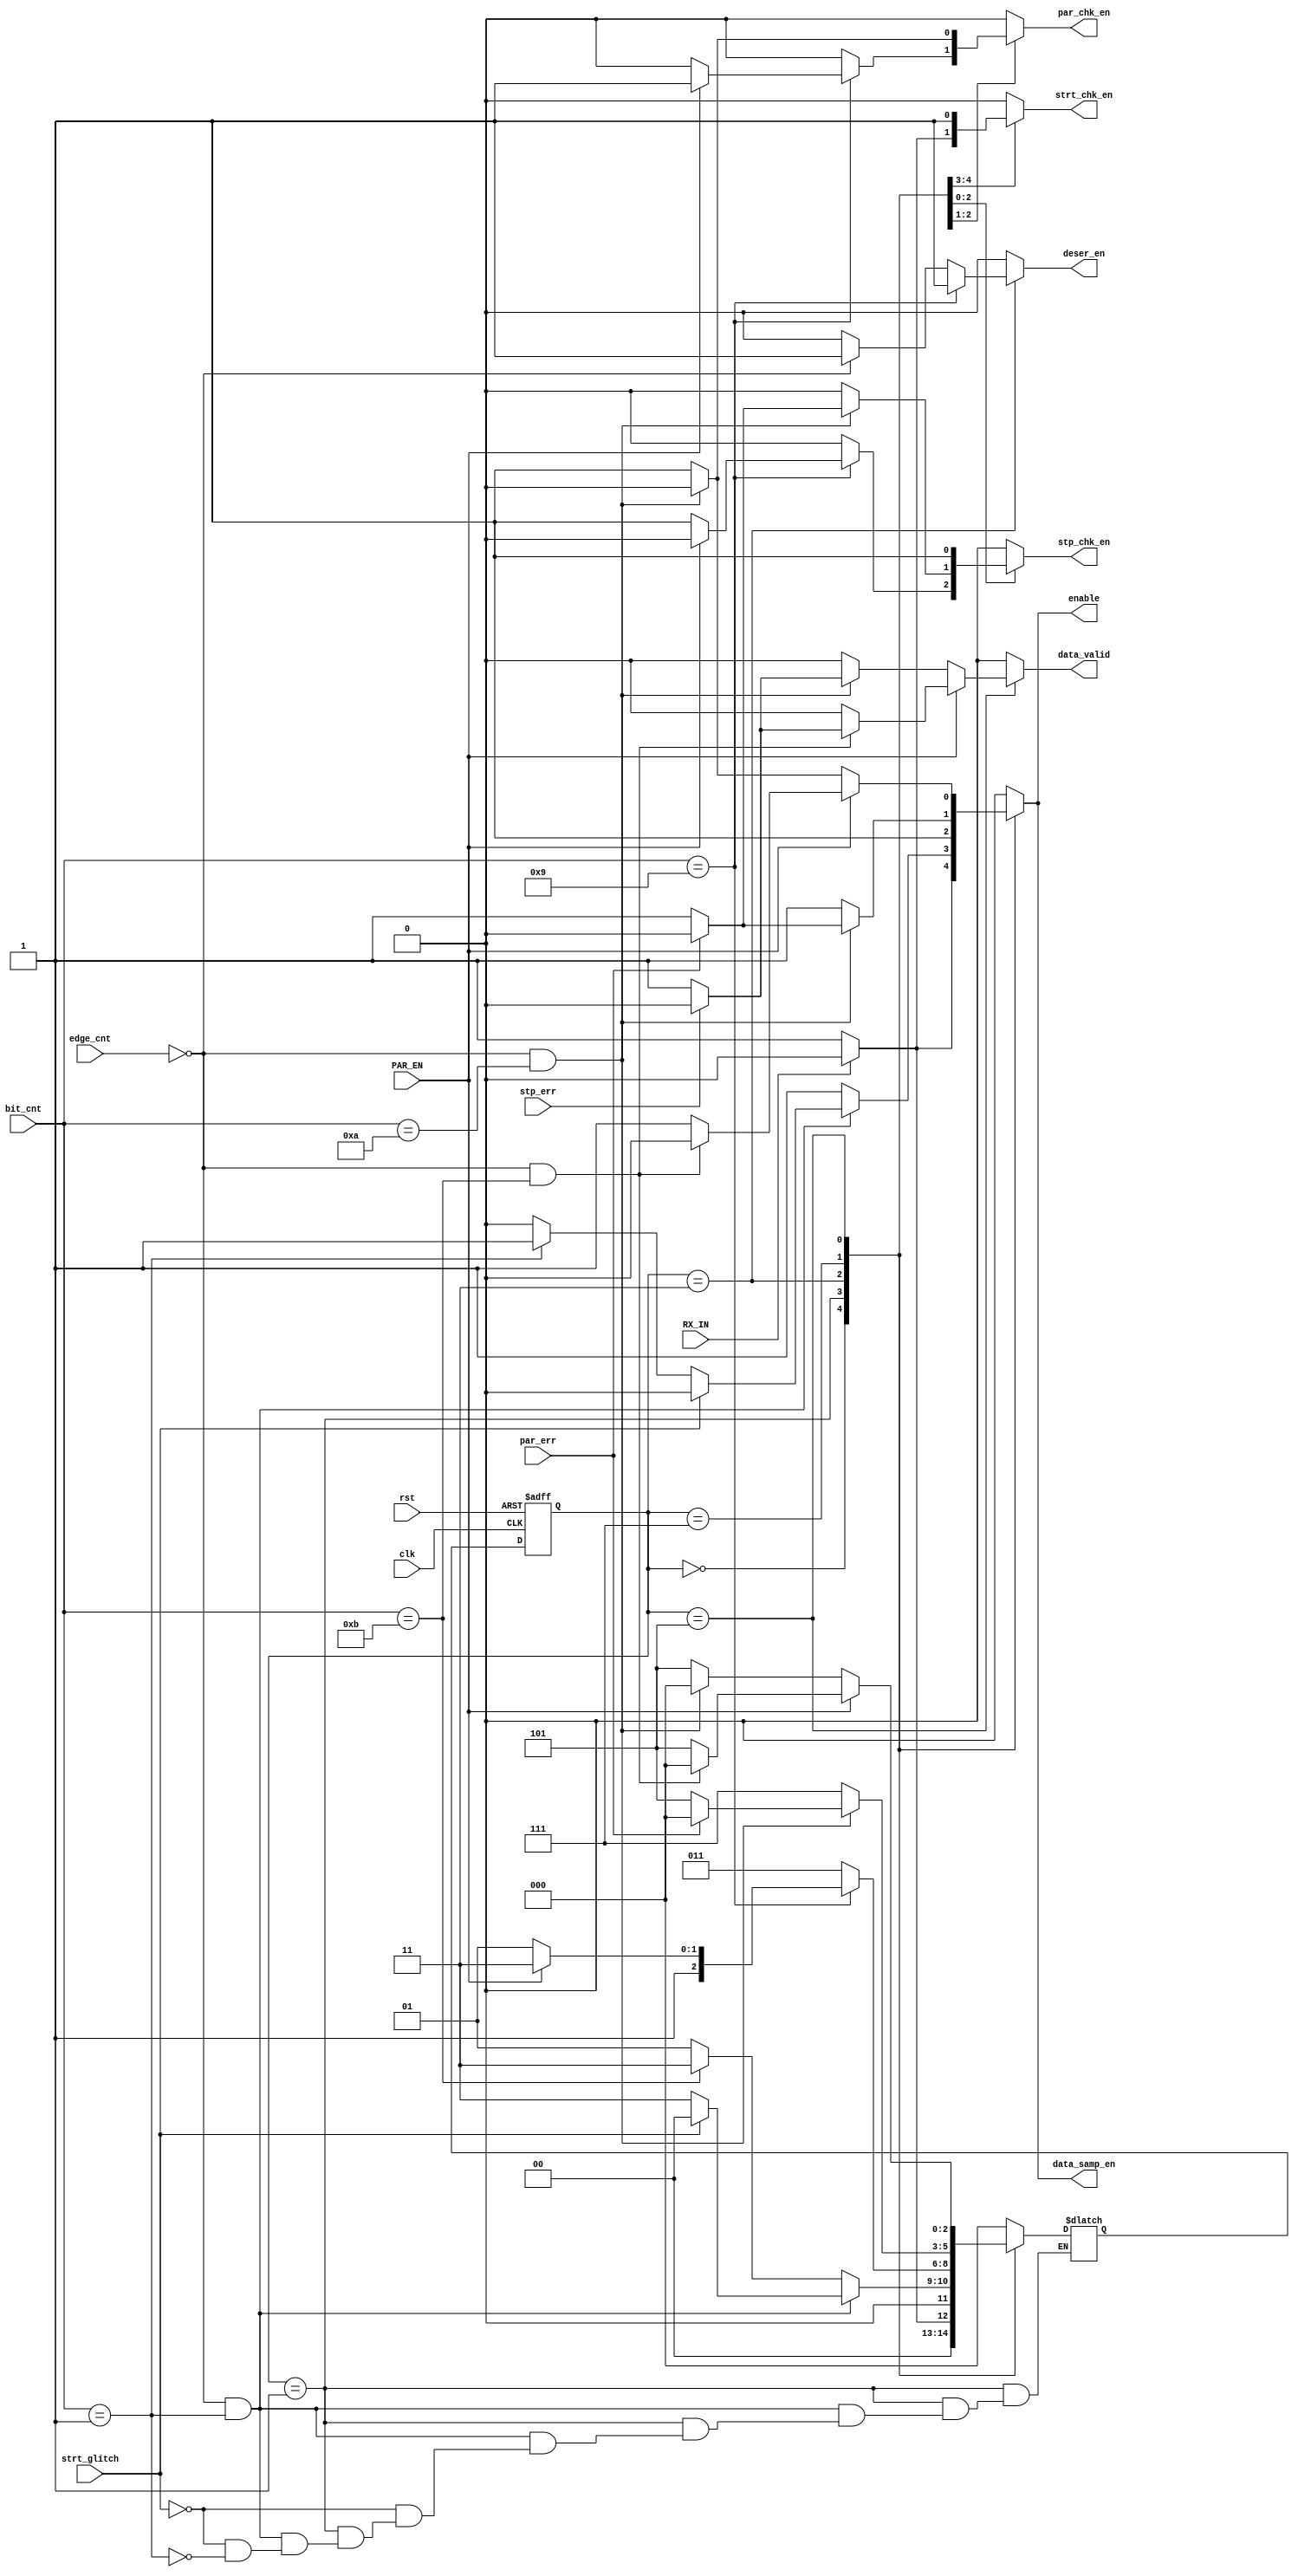
module FSM_RX (
    input wire clk,
    input wire rst,
    input wire PAR_EN,
    input wire RX_IN,
    input wire par_err,
    input wire strt_glitch,
    input wire stp_err,
    input wire [3:0] bit_cnt,
    input wire [2:0] edge_cnt,
    output reg data_samp_en,
    output reg par_chk_en,
    output reg stp_chk_en,
    output reg strt_chk_en,
    output reg enable,
    output reg deser_en,
    output reg data_valid


);

  reg [2:0] current_state;
  reg [2:0] next_state;

  localparam idle = 3'b000;
  localparam start_bit = 3'b001;
  localparam data_bits = 3'b011;
  localparam parity_bit = 3'b111;
  localparam stop_bit = 3'b101;
  always @(posedge clk or negedge rst) begin
    if (!rst) begin
      current_state <= idle;
    end else begin
      current_state <= next_state;
    end
  end


  always @(*) begin

    // next_state = idle;
    deser_en = 1'b0;
    data_valid = 1'b0;
    data_samp_en = 1'b0;
    enable = 1'b0;
    par_chk_en = 1'b0;
    stp_chk_en = 1'b0;
    strt_chk_en = 1'b0;
    case (current_state)
      idle: begin
        /*      data_samp_en = 1'b0;
        par_chk_en = 1'b0;
        stp_chk_en = 1'b0;
        strt_chk_en = 1'b0;
        enable = 1'b0;
        deser_en = 1'b0;
        data_valid = 1'b0; */

        if (RX_IN == 1'b0) begin
          strt_chk_en = 1'b1;
          enable = 1'b1;
          data_samp_en = 1'b1;
          par_chk_en = 1'b0;
          stp_chk_en = 1'b0;
          deser_en = 1'b0;
          data_valid = 1'b0;
          next_state = start_bit;
        end else begin
          next_state = idle;
        end

      end

      start_bit: begin
        strt_chk_en = 1'b1;
        if (edge_cnt == 3'b000 && bit_cnt == 4'b1) begin

          if (strt_glitch == 1'b1) begin
            next_state = idle;
          end else if (bit_cnt == 4'b1  ) begin
            enable = 1'b1;
            data_samp_en = 1'b1;
            deser_en = 1'b0;
            data_valid = 1'b0;
            next_state = data_bits;
          end
      
        end 
            else if (bit_cnt == 4'b1011  ) begin
            enable = 1'b1;
            data_samp_en = 1'b1;
            deser_en = 1'b0;
            data_valid = 1'b0;
            next_state = data_bits;
          end
        else begin
          strt_chk_en = 1'b1;
          enable = 1'b1;
          data_samp_en = 1'b1;
          data_valid = 1'b0;
          deser_en = 1'b0;
          next_state = start_bit;
        end
      end

      data_bits: begin
        deser_en = 1'b1;

        if (bit_cnt == 4'b1001) begin
          deser_en = 1'b1;
          if (PAR_EN == 1) begin
            enable = 1'b1;
            data_samp_en = 1'b1;
            par_chk_en = 1'b1;
            data_valid = 1'b0;
            next_state = parity_bit;
          end else begin
            enable = 1'b1;
            data_samp_en = 1'b1;
            stp_chk_en = 1'b1;
            data_valid = 1'b0;
            next_state = stop_bit;
          end

        end else if (edge_cnt == 3'b0) begin

          enable = 1'b1;
          data_samp_en = 1'b1;
          deser_en = 1'b1;
          data_valid = 1'b0;
          next_state = data_bits;

        end else begin

          enable = 1'b1;
          data_samp_en = 1'b1;
          deser_en = 1'b0;
          data_valid = 1'b0;
          next_state = data_bits;

        end

      end

      parity_bit: begin


        if (edge_cnt == 3'b000 && bit_cnt == 4'b1010) begin

          if (par_err == 1) begin
            next_state = idle;
          end else begin
            enable = 1'b1;
            data_samp_en = 1'b1;
            stp_chk_en = 1'b1;
            par_chk_en = 1'b0;
            data_valid = 1'b0;
            next_state = stop_bit;
          end
        end else begin
          enable = 1'b1;
          data_samp_en = 1'b1;
          par_chk_en = 1'b1;
          data_valid = 1'b0;
          next_state = parity_bit;
        end
      end


      stop_bit: begin
        deser_en = 1'b0;
        stp_chk_en = 1'b1;
        if (PAR_EN) begin

          if (edge_cnt == 3'b000 && bit_cnt == 4'b1011) begin

            if (stp_err == 1) begin
              data_valid = 1'b0;
              next_state = idle;
            end else begin

              data_valid = 1'b1;
              next_state = idle;
            end
          end else begin
            enable = 1'b1;
            data_samp_en = 1'b1;
            stp_chk_en = 1'b1;
            next_state = stop_bit;
          end
        end else begin

     /*      if (edge_cnt == 3'b000 && bit_cnt == 4'b1001) begin
          deser_en = 1'b1;
          end
            else if (edge_cnt == 3'b001 && bit_cnt == 4'b1001) begin
          deser_en = 1'b0;
          end
       else */ if (edge_cnt == 3'b000 && bit_cnt == 4'b1010) begin

            if (stp_err == 1) begin
              next_state = idle;
            end else begin

              data_valid = 1'b1;
              next_state = idle;
            end
          end else begin
            enable = 1'b1;
            data_samp_en = 1'b1;
            stp_chk_en = 1'b1;
            data_valid = 1'b0;
            next_state = stop_bit;
          end

        end
      end

      default: begin
        data_samp_en = 1'b0;
        par_chk_en = 1'b0;
        stp_chk_en = 1'b0;
        strt_chk_en = 1'b0;
        enable = 1'b0;
        deser_en = 1'b0;
        data_valid = 1'b0;
        next_state = idle;
      end
    endcase
  end

endmodule